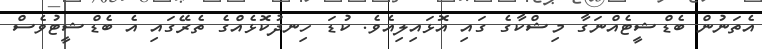
އެތަނުން ބެޑްޝީޓެއްނަގާ މިޝްކާގެ ގައި އޮޅައިލިއެވެ. ކުޑަ ހިނދުކޮޅެއްގެ ތެރޭގައި އެ ބެޑްޝީޓުވެސް